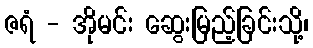
ဇရံ - အိုမင်း ဆွေးမြည့်ခြင်းသို့၊